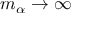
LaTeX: m _ { \alpha } \rightarrow \infty